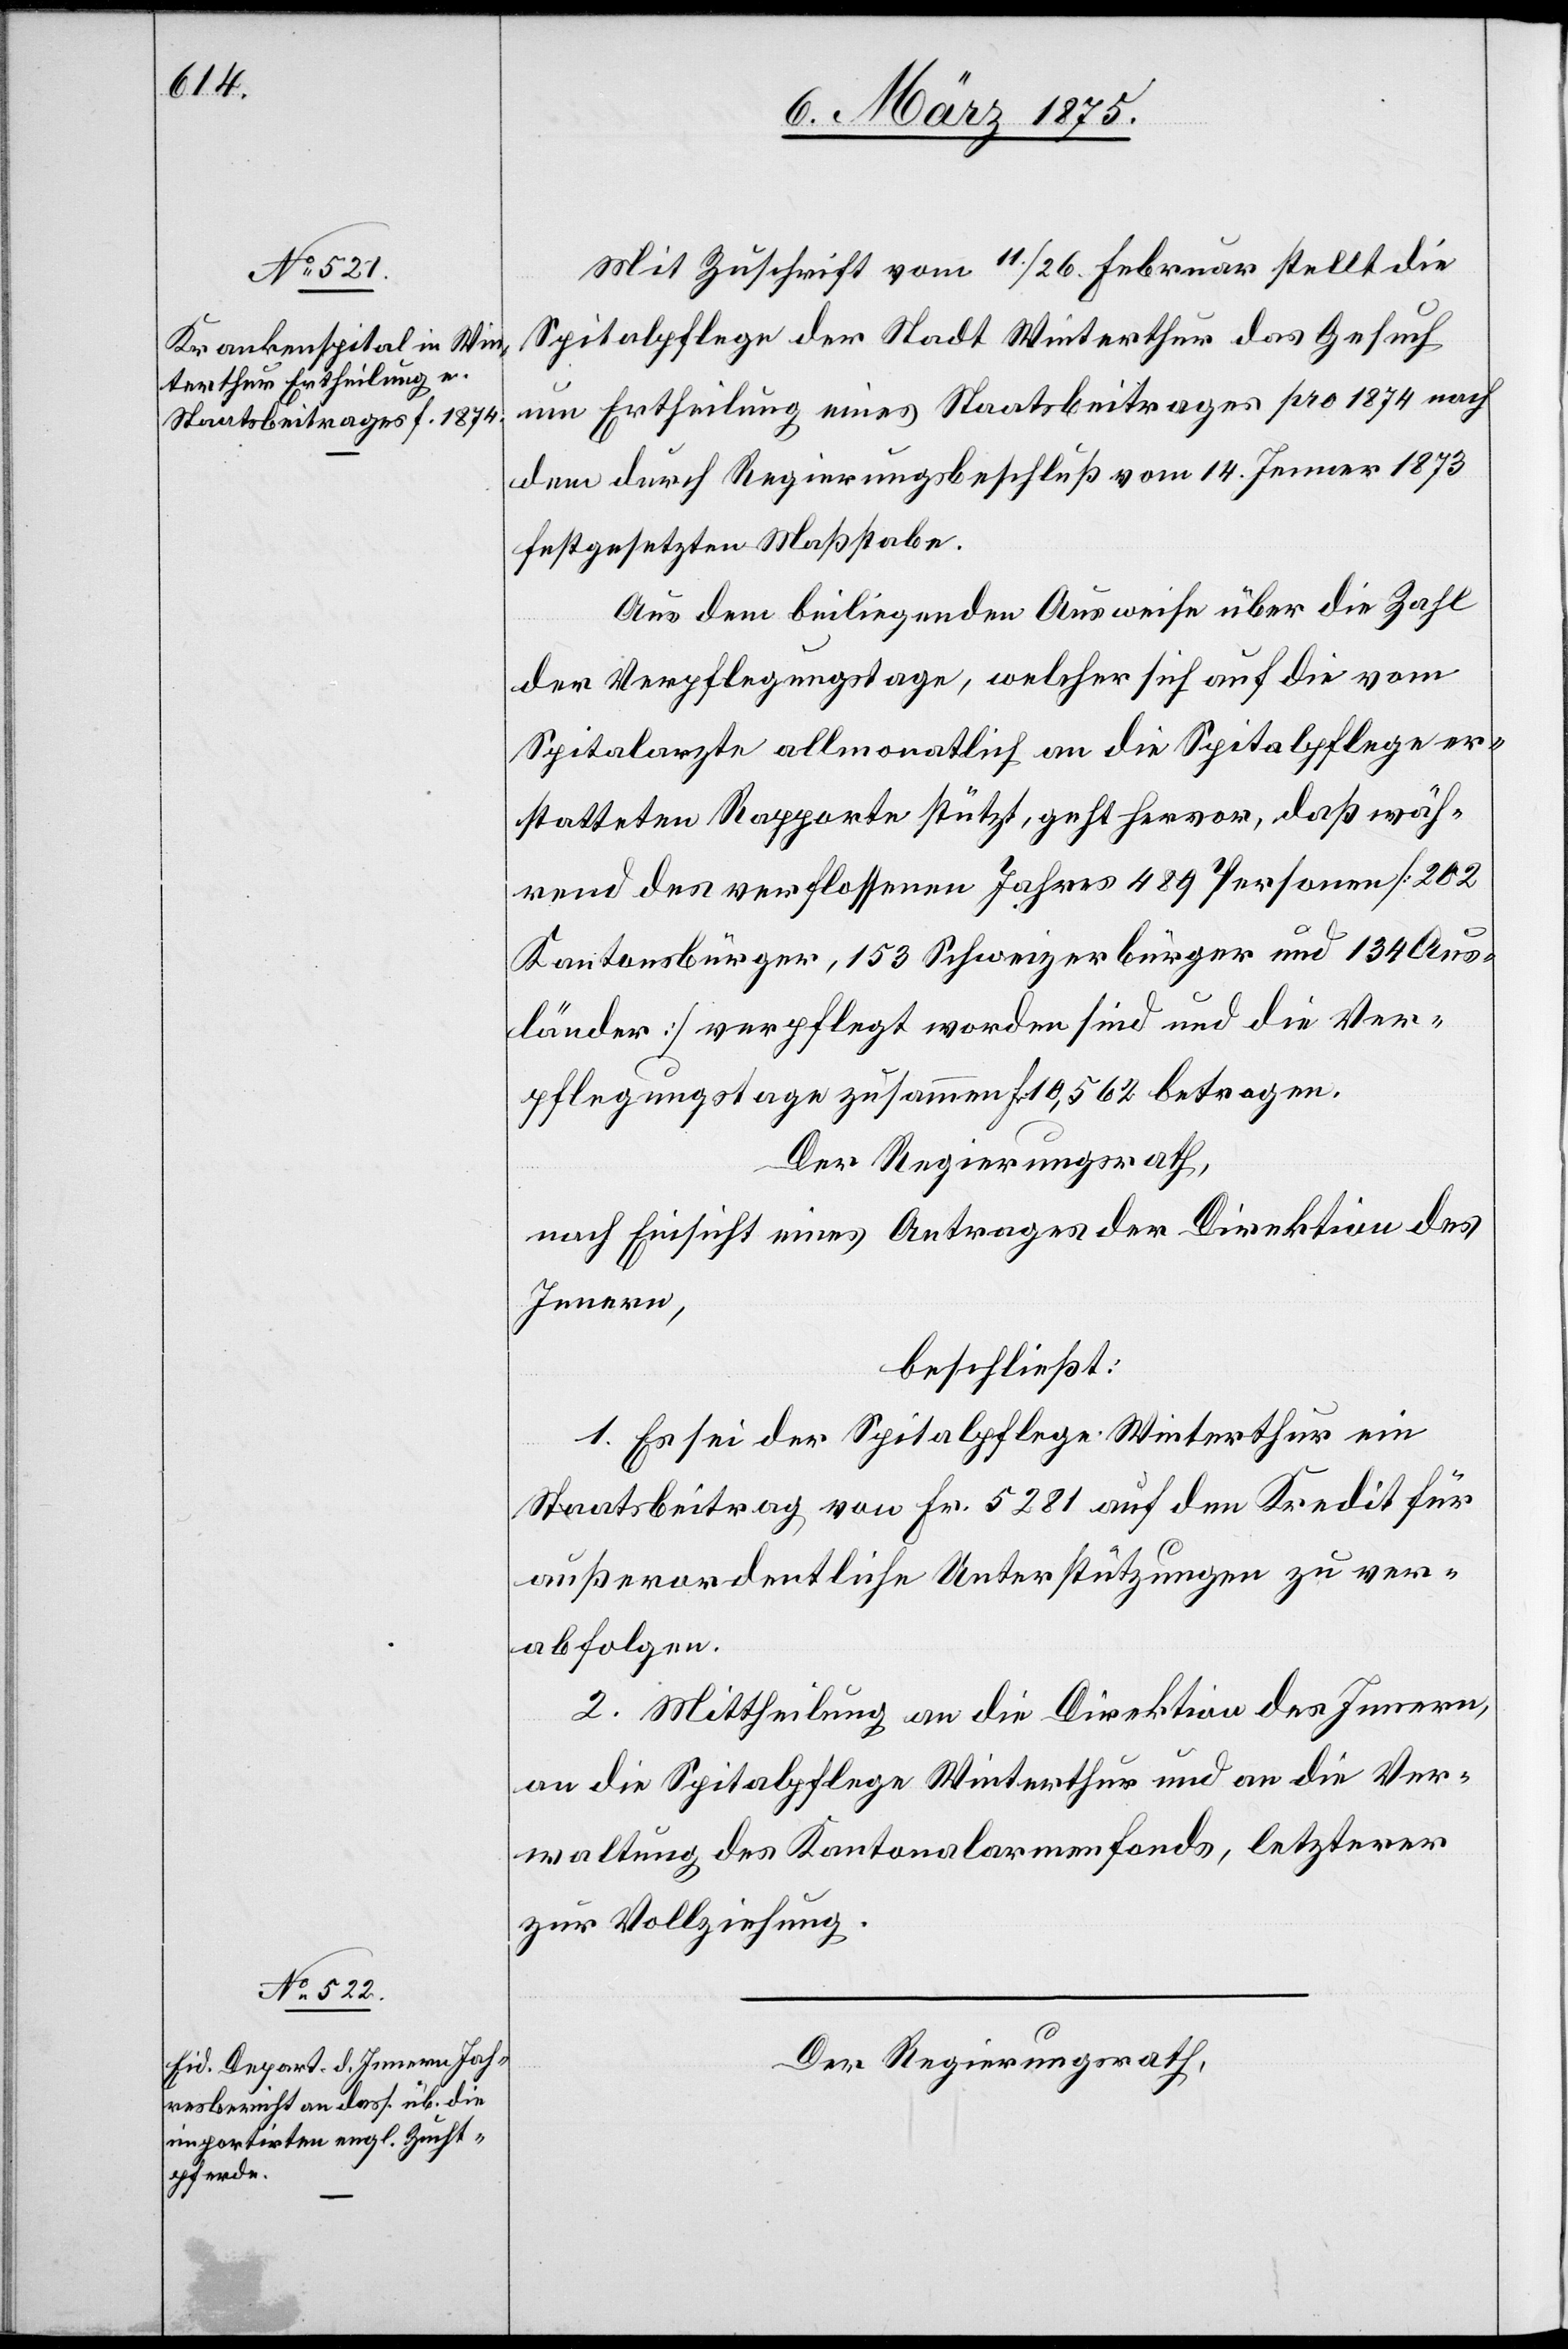
Mit Zuschrift vom 11./26. Februar stellt die
Spitalpflege der Stadt Winterthur das Gesuch
um Ertheilung eines Staatsbeitrages pro 1874 nach
dem durch Regierungsbeschluß vom 14. Januar 1873
festgesetzten Maßstabe.
Aus dem beiliegenden Ausweise über die Zahl
der Verpflegungstage, welcher sich auf die vom
Spitalarzte allmonatlich an die Spitalpflege er¬
statteten Rapporte stützt, geht hervor, daß wäh¬
rend des verflossenen Jahres 489 Personen [202
Kantonsbürger, 153 Schweizerbürger und 134 Aus¬
länder] verpflegt worden sind und die Ver¬
pflegungstage zusammen Fr. 10,562 betragen.
Der Regierungsrath,
nach Einsicht eines Antrages der Direktion des
Innern,
beschließt:
1. Es sei der Spitalpflege Winterthur ein
Staatsbeitrag von Fr. 5281 auf den Kredit für
außerordentliche Unterstützungen zu ver¬
abfolgen.
2. Mittheilung an die Direktion des Innern,
an die Spitalpflege Winterthur und an die Ver¬
waltung des Kantonalarmenfonds, letzterer
zur Vollziehung.
Der Regierungsrath,